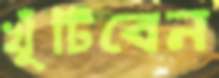
খুঁটিবেন